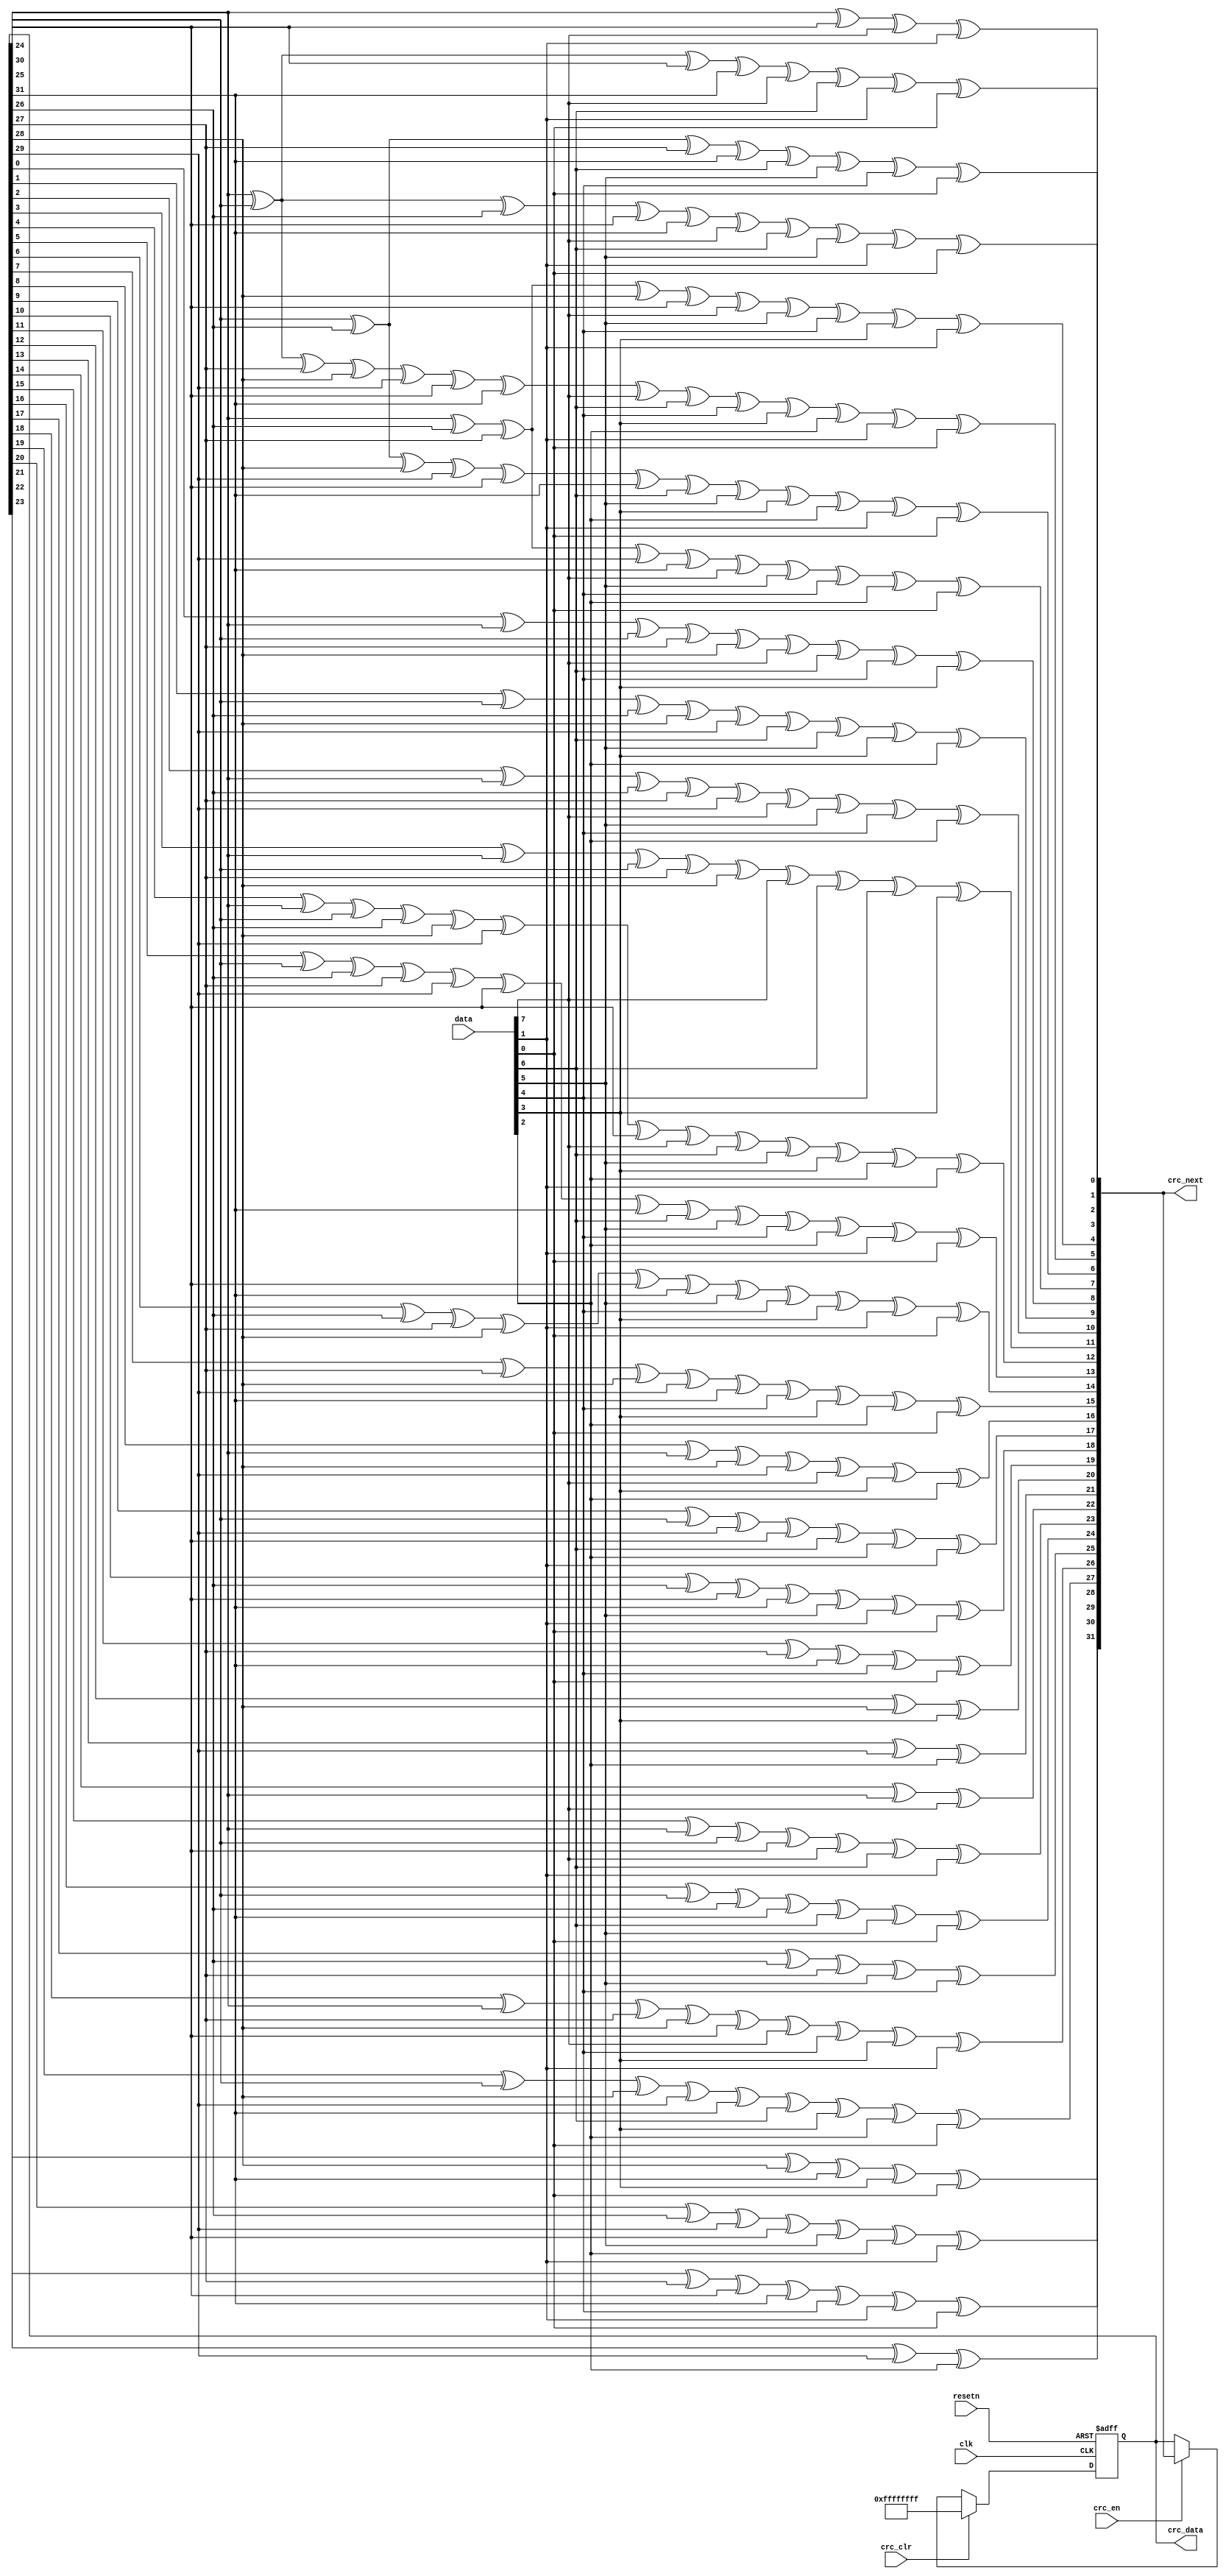
//****************************************Copyright (c)***********************************//
//www.openedv.com
//http://openedv.taobao.com 
//""FPGA & STM32
//
//Copyright(C)  2018-2028
//All rights reserved                                  
//----------------------------------------------------------------------------------------
// File name:           crc32_d8
// Last modified Date:  2019/8/21 8:37:49
// Last Version:        V1.0
// Descriptions:        CRC32
//----------------------------------------------------------------------------------------
// Created by:          
// Created date:        2018/3/12 8:37:49
// Version:             V1.0
// Descriptions:        The original version
//
//----------------------------------------------------------------------------------------
//****************************************************************************************//

module crc32_d8 (
    input             clk,       //
    input             resetn,    //
    input      [ 7:0] data,      //8
    input             crc_en,    //crc
    input             crc_clr,   //crc            
    output reg [31:0] crc_data,  //CRC
    output     [31:0] crc_next   //CRC
);

  //*****************************************************
  //**                    main code
  //*****************************************************

  //8,
  wire [7:0] data_t;

  assign data_t = {data[0], data[1], data[2], data[3], data[4], data[5], data[6], data[7]};

  //CRC32G(x)= x^32 + x^26 + x^23 + x^22 + x^16 + x^12 + x^11 
  //+ x^10 + x^8 + x^7 + x^5 + x^4 + x^2 + x^1 + 1

  assign crc_next[0] = crc_data[24] ^ crc_data[30] ^ data_t[0] ^ data_t[6];
  assign crc_next[1] = crc_data[24] ^ crc_data[25] ^ crc_data[30] ^ crc_data[31] ^ data_t[0] ^ data_t[1] ^ data_t[6] ^ data_t[7];
  assign crc_next[2] = crc_data[24] ^ crc_data[25] ^ crc_data[26] ^ crc_data[30] ^ crc_data[31] ^ data_t[0] ^ data_t[1] ^ data_t[2] ^ data_t[6] ^ data_t[7];
  assign crc_next[3] = crc_data[25] ^ crc_data[26] ^ crc_data[27] ^ crc_data[31] ^ data_t[1] ^ data_t[2] ^ data_t[3] ^ data_t[7];
  assign crc_next[4] = crc_data[24] ^ crc_data[26] ^ crc_data[27] ^ crc_data[28] ^ crc_data[30] ^ data_t[0] ^ data_t[2] ^ data_t[3] ^ data_t[4] ^ data_t[6];
  assign crc_next[5] = crc_data[24] ^ crc_data[25] ^ crc_data[27] ^ crc_data[28] 
                     ^ crc_data[29] ^ crc_data[30] ^ crc_data[31] ^ data_t[0] 
                     ^ data_t[1] ^ data_t[3] ^ data_t[4] ^ data_t[5] ^ data_t[6] 
                     ^ data_t[7];
  assign crc_next[6] = crc_data[25] ^ crc_data[26] ^ crc_data[28] ^ crc_data[29] ^ crc_data[30] ^ crc_data[31] ^ data_t[1] ^ data_t[2] ^ data_t[4] ^ data_t[5] ^ data_t[6] ^ data_t[7];
  assign crc_next[7] = crc_data[24] ^ crc_data[26] ^ crc_data[27] ^ crc_data[29] ^ crc_data[31] ^ data_t[0] ^ data_t[2] ^ data_t[3] ^ data_t[5] ^ data_t[7];
  assign crc_next[8] = crc_data[0] ^ crc_data[24] ^ crc_data[25] ^ crc_data[27] ^ crc_data[28] ^ data_t[0] ^ data_t[1] ^ data_t[3] ^ data_t[4];
  assign crc_next[9] = crc_data[1] ^ crc_data[25] ^ crc_data[26] ^ crc_data[28] ^ crc_data[29] ^ data_t[1] ^ data_t[2] ^ data_t[4] ^ data_t[5];
  assign crc_next[10] = crc_data[2] ^ crc_data[24] ^ crc_data[26] ^ crc_data[27] ^ crc_data[29] ^ data_t[0] ^ data_t[2] ^ data_t[3] ^ data_t[5];
  assign crc_next[11] = crc_data[3] ^ crc_data[24] ^ crc_data[25] ^ crc_data[27] ^ crc_data[28] ^ data_t[0] ^ data_t[1] ^ data_t[3] ^ data_t[4];
  assign crc_next[12] = crc_data[4] ^ crc_data[24] ^ crc_data[25] ^ crc_data[26] ^ crc_data[28] ^ crc_data[29] ^ crc_data[30] ^ data_t[0] ^ data_t[1] ^ data_t[2] ^ data_t[4] ^ data_t[5] ^ data_t[6];
  assign crc_next[13] = crc_data[5] ^ crc_data[25] ^ crc_data[26] ^ crc_data[27] ^ crc_data[29] ^ crc_data[30] ^ crc_data[31] ^ data_t[1] ^ data_t[2] ^ data_t[3] ^ data_t[5] ^ data_t[6] ^ data_t[7];
  assign crc_next[14] = crc_data[6] ^ crc_data[26] ^ crc_data[27] ^ crc_data[28] ^ crc_data[30] ^ crc_data[31] ^ data_t[2] ^ data_t[3] ^ data_t[4] ^ data_t[6] ^ data_t[7];
  assign crc_next[15] = crc_data[7] ^ crc_data[27] ^ crc_data[28] ^ crc_data[29] ^ crc_data[31] ^ data_t[3] ^ data_t[4] ^ data_t[5] ^ data_t[7];
  assign crc_next[16] = crc_data[8] ^ crc_data[24] ^ crc_data[28] ^ crc_data[29] ^ data_t[0] ^ data_t[4] ^ data_t[5];
  assign crc_next[17] = crc_data[9] ^ crc_data[25] ^ crc_data[29] ^ crc_data[30] ^ data_t[1] ^ data_t[5] ^ data_t[6];
  assign crc_next[18] = crc_data[10] ^ crc_data[26] ^ crc_data[30] ^ crc_data[31] ^ data_t[2] ^ data_t[6] ^ data_t[7];
  assign crc_next[19] = crc_data[11] ^ crc_data[27] ^ crc_data[31] ^ data_t[3] ^ data_t[7];
  assign crc_next[20] = crc_data[12] ^ crc_data[28] ^ data_t[4];
  assign crc_next[21] = crc_data[13] ^ crc_data[29] ^ data_t[5];
  assign crc_next[22] = crc_data[14] ^ crc_data[24] ^ data_t[0];
  assign crc_next[23] = crc_data[15] ^ crc_data[24] ^ crc_data[25] ^ crc_data[30] ^ data_t[0] ^ data_t[1] ^ data_t[6];
  assign crc_next[24] = crc_data[16] ^ crc_data[25] ^ crc_data[26] ^ crc_data[31] ^ data_t[1] ^ data_t[2] ^ data_t[7];
  assign crc_next[25] = crc_data[17] ^ crc_data[26] ^ crc_data[27] ^ data_t[2] ^ data_t[3];
  assign crc_next[26] = crc_data[18] ^ crc_data[24] ^ crc_data[27] ^ crc_data[28] ^ crc_data[30] ^ data_t[0] ^ data_t[3] ^ data_t[4] ^ data_t[6];
  assign crc_next[27] = crc_data[19] ^ crc_data[25] ^ crc_data[28] ^ crc_data[29] ^ crc_data[31] ^ data_t[1] ^ data_t[4] ^ data_t[5] ^ data_t[7];
  assign crc_next[28] = crc_data[20] ^ crc_data[26] ^ crc_data[29] ^ crc_data[30] ^ data_t[2] ^ data_t[5] ^ data_t[6];
  assign crc_next[29] = crc_data[21] ^ crc_data[27] ^ crc_data[30] ^ crc_data[31] ^ data_t[3] ^ data_t[6] ^ data_t[7];
  assign crc_next[30] = crc_data[22] ^ crc_data[28] ^ crc_data[31] ^ data_t[4] ^ data_t[7];
  assign crc_next[31] = crc_data[23] ^ crc_data[29] ^ data_t[5];

  always @(posedge clk or negedge resetn) begin
    if (!resetn) crc_data <= 32'hff_ff_ff_ff;
    else if (crc_clr)  //CRC
      crc_data <= 32'hff_ff_ff_ff;
    else if (crc_en) crc_data <= crc_next;
    else;
  end

endmodule